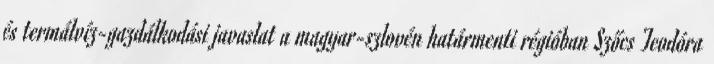
és termálvíz-gazdálkodási javaslat a magyar-szlovén határmenti régióban Szőcs Teodóra